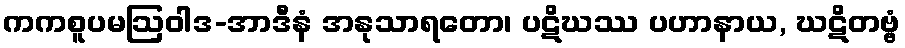
ကကစူပမဩဝါဒ-အာဒီနံ အနုသာရတော၊ ပဋိဃဿ ပဟာနာယ, ဃဋိတဗ္ဗံ